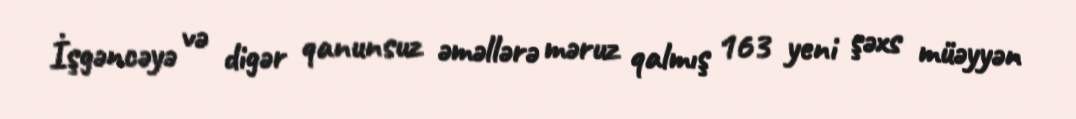
İşgəncəyə və digər qanunsuz əməllərə məruz qalmış 163 yeni şəxs müəyyən